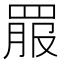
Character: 𦋉